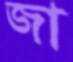
জা